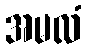
အမလံ